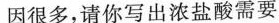
因很多，请你写出浓盐酸需要